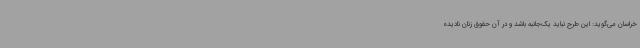
خراسان می‌گوید: این طرح نباید یک‌جانبه باشد و در آن حقوق زنان نادیده